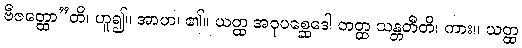
ဗီဇတ္ထော”တိ၊ ဟူ၍။ အာဟ၊ ၏။ ယတ္ထ အဝုပစ္ဆေဒေါ တတ္ထ သန္တတီတိ၊ ကား။ ယတ္ထ